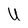
Character: U